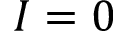
I = 0